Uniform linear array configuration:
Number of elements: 4
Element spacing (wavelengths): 0.75
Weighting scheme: hann
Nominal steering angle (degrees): -45
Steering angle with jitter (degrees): -46.324
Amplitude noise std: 0.05
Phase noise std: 0.05

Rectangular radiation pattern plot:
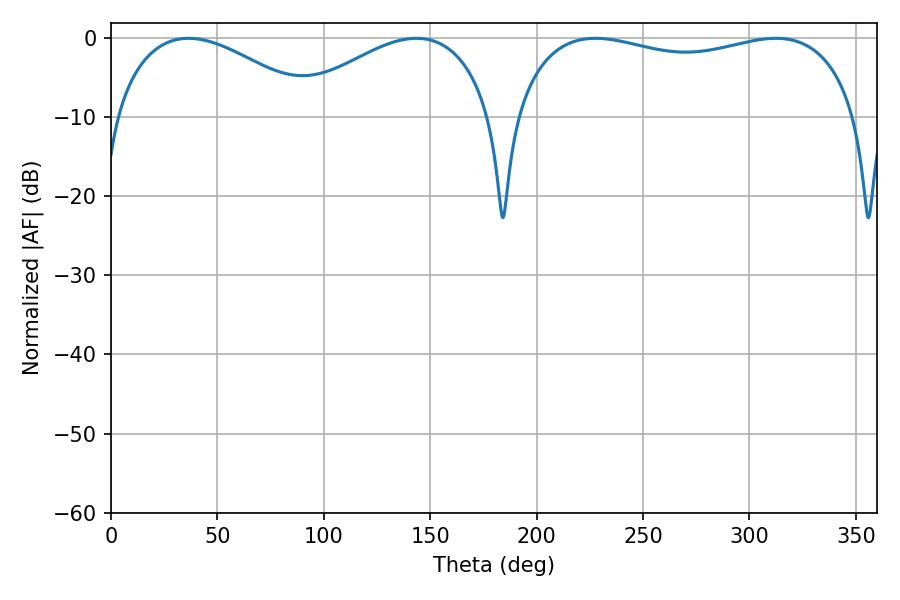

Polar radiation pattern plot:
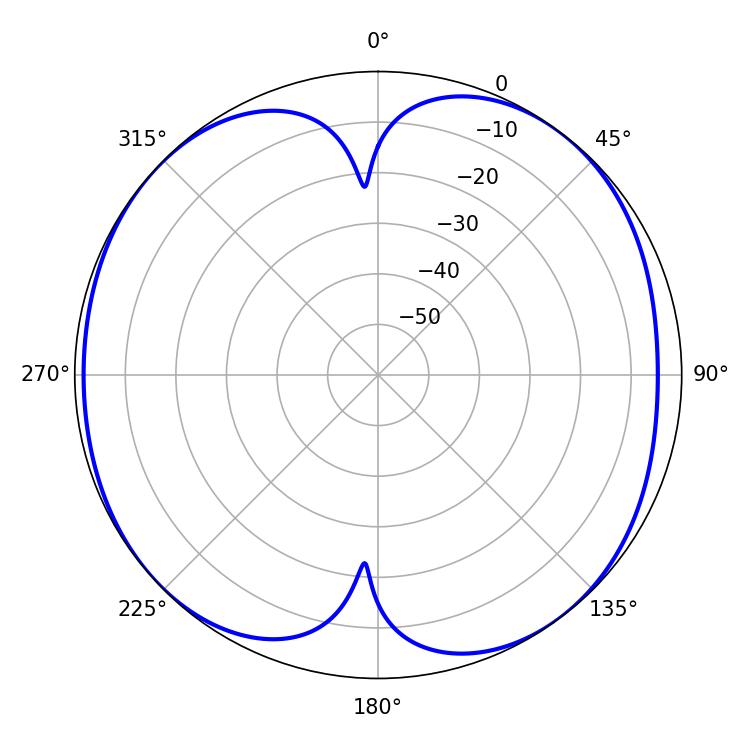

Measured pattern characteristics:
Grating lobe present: TRUE
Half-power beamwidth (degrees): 53.1
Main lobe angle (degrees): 36.54